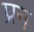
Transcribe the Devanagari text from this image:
प्रन